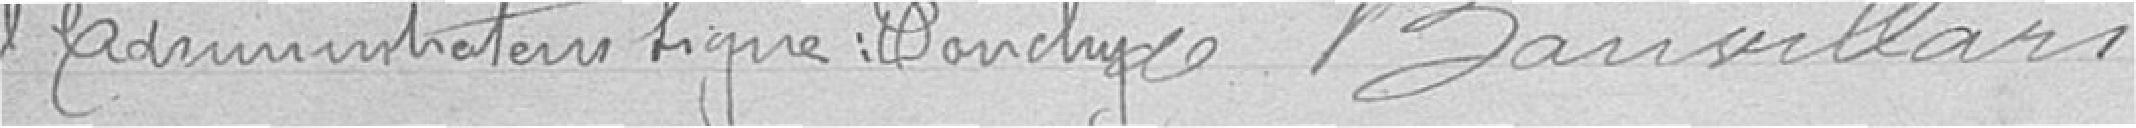
de Banvillars